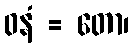
ဝနံ = တော၊